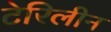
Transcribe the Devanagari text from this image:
टेरिलीन